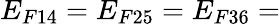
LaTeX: E_{F14}=E_{F25}=E_{F36}=